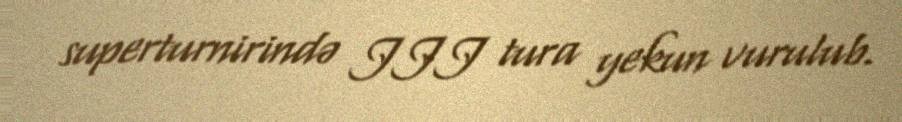
superturnirində III tura yekun vurulub.